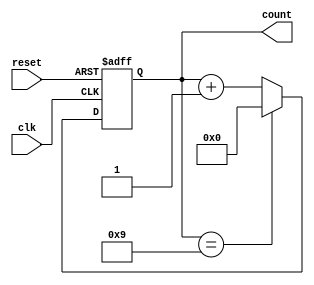
module modulus_counter(
    input wire clk,
    input wire reset,
    output reg [7:0] count
);

parameter MODULUS = 10; // set the modulus value here

always @(posedge clk or posedge reset) begin
    if (reset) begin
        count <= 0;
    end else begin
        if (count == MODULUS-1) begin
            count <= 0;
        end else begin
            count <= count + 1;
        end
    end
end

endmodule